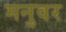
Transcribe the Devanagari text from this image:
मनुवर